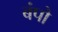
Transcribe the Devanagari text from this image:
बंपो